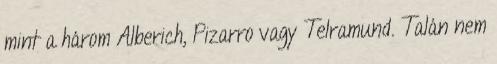
mint a három Alberich, Pizarro vagy Telramund. Talán nem